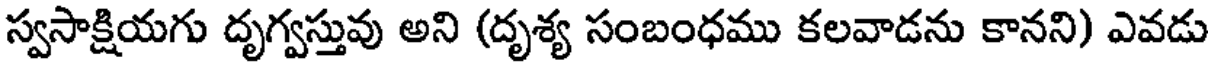
స్వసాక్షియగు దృగ్వస్తువు అని (దృశ్య సంబంధము కలవాడను కానని) ఎవడు